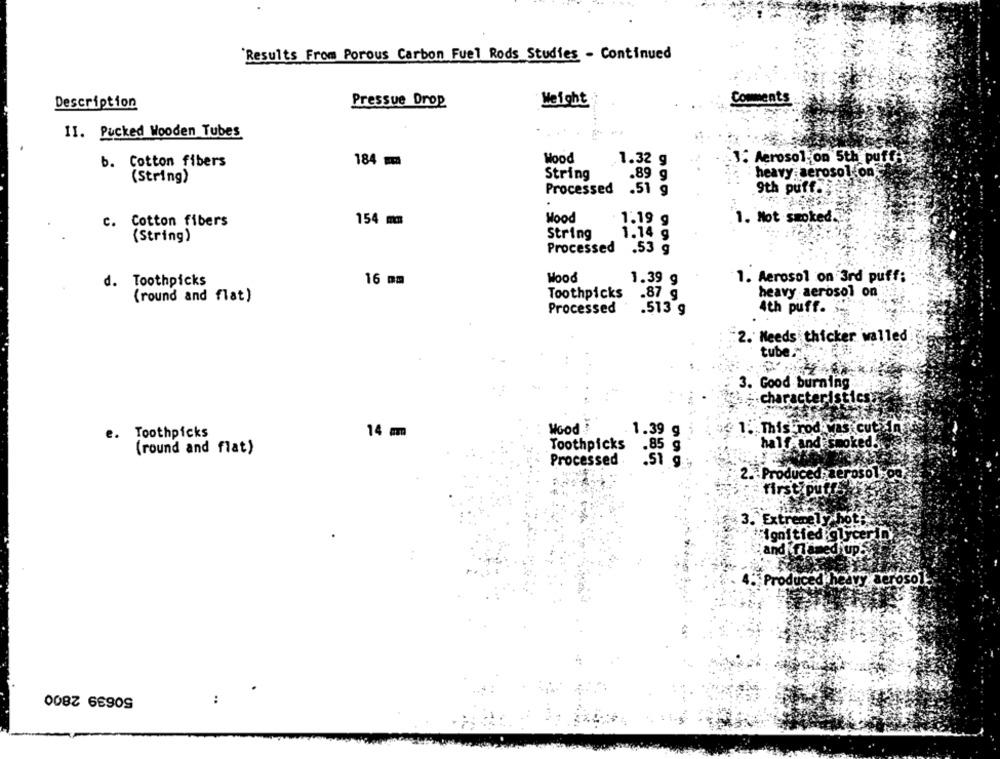
'Results From Porous Carbon Fuel Rods Studies - Continued
Description
Pressue Drop
Weight
Comments
II. Pucked Wooden Tubes
Wood
b. Cotton fibers
184 m
1.32 g
1. Aerosol on 5th puff
String
heavy aerosolfon
(String)
.89
Processed
9th puff.
.51 g
.
Wood
1.19 g
1. Not smoked.
C. Cotton fibers
154 mm
String
1.14 g
(String)
Processed .53 g
.53 g
16 mm
Wood
1.39 g
1. Aerosol on 3rd puff:
d. Toothpicks
Toothpicks
.87 g
heavy aerosol on
(round and flat)
Processed
.513 g
4th puff.
. Needs thicker walled
tube
3. Good burning
Characteristics
e. Toothpicks
14 mm
Wood
1.39 g
1. This rod was cut
Toothpicks
.85 g
half- and smoked.
(round and flat)
Processed
.51 g
2. Produced, aerosol,od
first pu
3. Extremely hot
"ignitied glyceriny
and flamed ups
. Produced heavy aero
Cavy aerosol
50639 2800
: